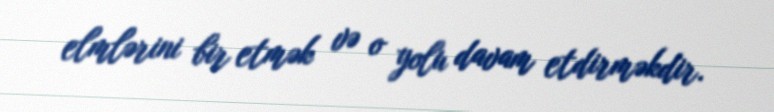
elmlərini bir etmək və o yolu davam etdirməkdir.